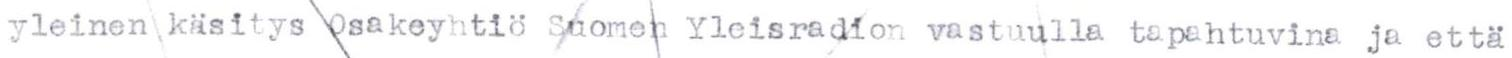
yleinen käsitys Osakeyhtiö Suomen Yleisradion vastuulla tapahtuvina ja että